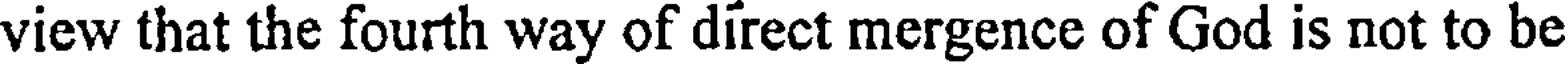
view that the fourth way of direct mergence of God is not to be